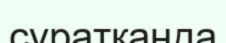
сұратқанда